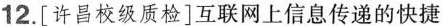
12.[许昌校级质检]互联网上信息传递的快捷